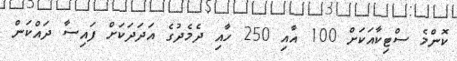
ކޮންމެ ސްޓިކާއަކަށް 100 އާއި 250 ހާއި ދެމެދުގެ އަދަދަކަށް ފައިސާ ދައްކަން